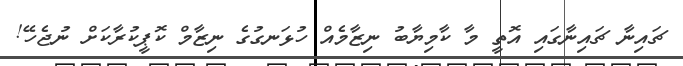
ޗައިނާ ޗައިނާގައި އޮތީ މާ ކާމިޔާބު ނިޒާމެއް ހުޅަނގުގެ ނިޒާމް ކޮޕީކުރާކަށް ނުޖެހޭ!